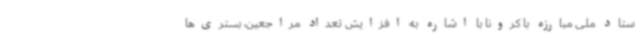
ستاد ملی مبارزه با کرونا با اشاره به افزایش تعداد مراجعین، بستری‌ها